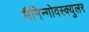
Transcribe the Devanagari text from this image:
मैनिन्गोवस्क्युलर